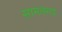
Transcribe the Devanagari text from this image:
सामनगड